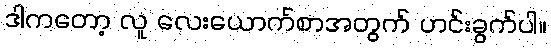
ဒါကတော့ လူ လေးယောက်စာအတွက် ဟင်းခွက်ပါ။